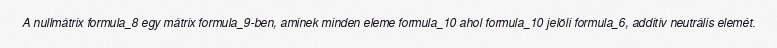
A nullmátrix formula_8 egy mátrix formula_9-ben, aminek minden eleme formula_10 ahol formula_10 jelöli formula_6, additív neutrális elemét.